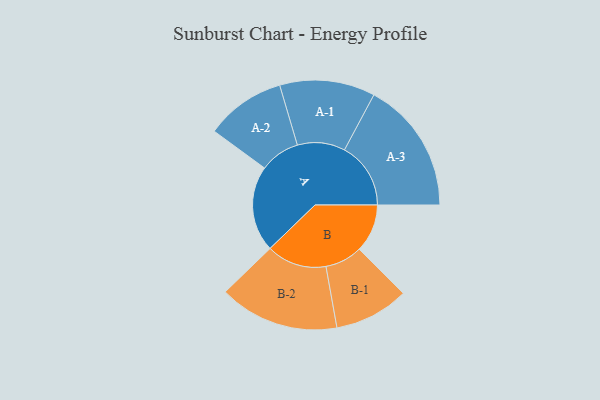
{"axis": {"x": "Segment", "y": "Value"}, "legend": ["", "A", "B"], "data": [{"x": "A", "y": 389, "type": ""}, {"x": "B", "y": 218, "type": ""}, {"x": "A-1", "y": 216, "type": "A"}, {"x": "A-2", "y": 181, "type": "A"}, {"x": "A-3", "y": 300, "type": "A"}, {"x": "B-1", "y": 169, "type": "B"}, {"x": "B-2", "y": 272, "type": "B"}]}